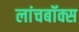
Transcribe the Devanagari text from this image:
लांचबॉक्स